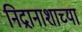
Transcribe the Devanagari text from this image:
निद्रानाशाच्या